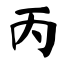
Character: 丙